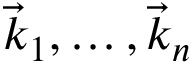
\vec { k } _ { 1 } , \dots , \vec { k } _ { n }